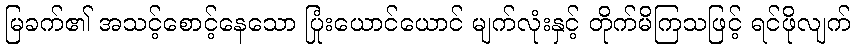
မြခက်၏ အသင့်စောင့်နေသော ပြုံးယောင်ယောင် မျက်လုံးနှင့် တိုက်မိကြသဖြင့် ရင်ဖိုလျက်